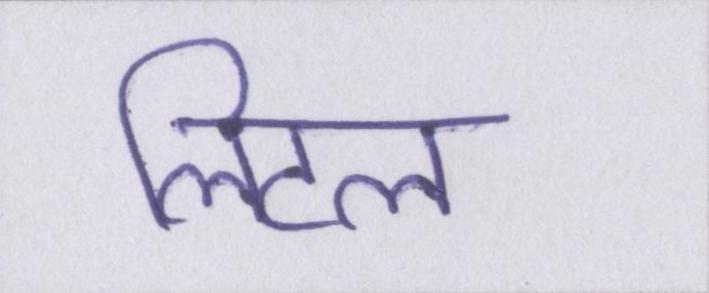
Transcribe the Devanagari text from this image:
लिटल